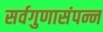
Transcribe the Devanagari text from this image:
सर्वगुणासंपन्न